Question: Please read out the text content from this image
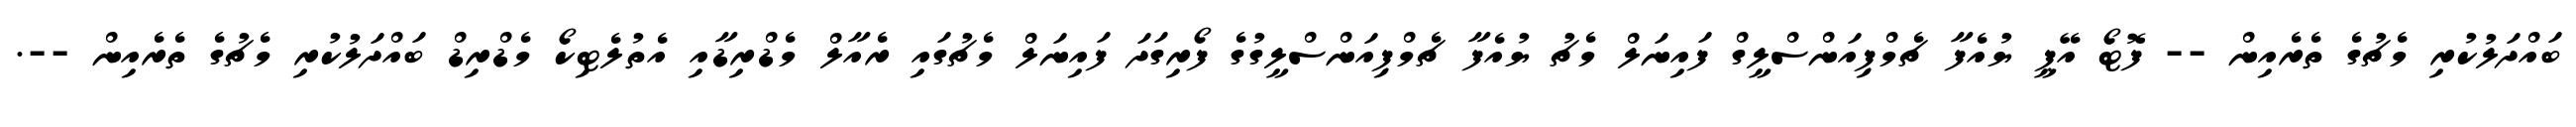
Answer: ބައްދަލުކުރި މެޗުގެ ތެރެއިން -- ފޮޓޯ އޭޕީ ޔުއެފާ ޗެމްޕިއަންސްލީގް ފައިނަލް މެޗު ޔުއެފާ ޗެމްޕިއަންސްލީގުގެ ފޯރިގަދަ ފައިނަލް މެޗުގައި ރެއާލް މެޑްރިޑާއި އެތުލެޓިކޯ މެޑްރިޑް ބައްދަލުކުރި މެޗުގެ ތެރެއިން --.